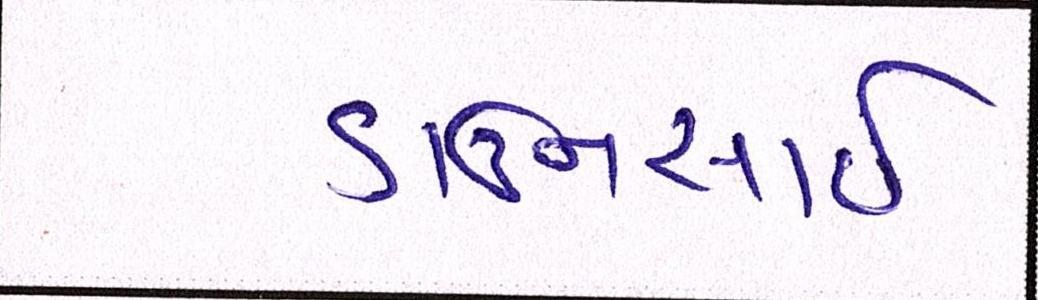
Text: ડાઉનસાઇ